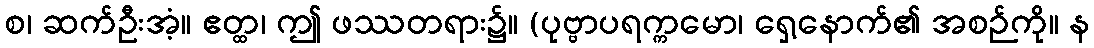
စ၊ ဆက်ဦးအံ့။ ဧတ္ထ၊ ဤ ဖဿတရား၌။ (ပုဗ္ဗာပရက္ကမော၊ ရှေ့နောက်၏ အစဉ်ကို။ န